Annual administration report of the Civil Veterinary Department of India - 1899-1900
Year: 1899
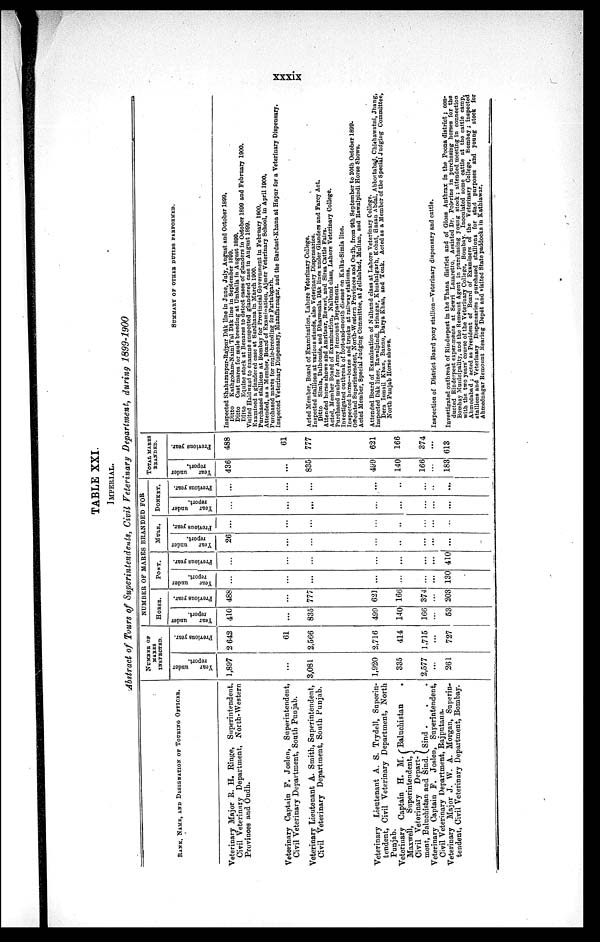
xxxix
TABLE XXI.
IMPERIAL.
Abstract of Tours of Superintendents, Civil Veterinary Department, during 1899-1900
RANK, NAME, AND DESIGNATION OF TOURING OFFICER.
Veterinary Major R. H. Ringe, Superintendent,
Civil Veterinary Department, North-Western
Provinces and Oudh.
Veterinary Captain F. Joslen, Superintendent,
Civil Veterinary Department, South Punjab.
Veterinary Lieutenant A. Smith, Superintendent,
Civil Veterinary Department, South Punjab.
Veterinary Lieutenant A. S. Trydell, Superin-
tendent, Civil Veterinary Department, North
Punjab.
Veterinary Captain H. M.
Maxwell,
Superintendent,
Civil Veterinary Depart-
ment, Baluchistan and Sind.
Baluchistan .
Sind . . .
Veterinary Captain F. Joslen, Superintendent,
Civil Veterinary Department, Rajputana.
Veterinary Major J. W. A. Morgan, Superin-
tendent, Civil Veterinary Department, Bombay.
NUMBER OF
MARES
INSPECTED.
Year
under
report.
1,897
...
3,081
1,920
335
2,577
...
261
Previous year.
2 642
61
2,566
2,716
414
1,715
...
727
NUMBER OF MARES BRANDED FOR
HORSE.
Year
under
report.
410
...
835
499
140
166
...
53
Previous year.
488
...
777
621
166
374
...
203
PONY.
Year
under
report.
...
...
...
...
...
...
...
130
Previous year.
...
...
...
...
...
...
...
410
MULE.
Year
under
report.
26
...
...
...
..
...
...
...
Previous year.
...
...
...
...
..
...
...
...
DONKEY.
Year
under
report.
...
...
...
...
...
...
...
...
Previous year.
...
...
...
...
...
...
...
...
TOTAL MARES
BRANDED.
Year
under
report.
436
...
835
499
140
166
...
183
Previous year.
488
61
777
621
166
374
...
613
SUMMARY OF OTHER DUTIES PERFORMED.
Inspected Shaharanpur-Rajpur Dâk line in June, July, August and October 1899.
Ditto Kathgodam-Naini Tal Dâk line in September 1899.
Ditto Cast mares for mule breeding at Umballa in August 1899.
Ditto Equine stock at Benares to detect cases of glanders in October 1899 and February 1900.
Visited Haldwani to examine suspected glandered case in August 1899.
Examined a glandered case at Sardhana in March 1900.
Purchased stallions at Bombay for Provincial Government in February 1900.
Attended, as a Member, Board of Examination, Ajmer Veterinary School, in April 1900,
Purchased mares for mule-breeding for Partabgarh.
Inspected Veterinary Dispensary, Mazaffarnagar, and the Bardast-Khana at Hapur for a Veterinary Dispensary.
Acted Member, Board of Examination, Lahore Veterinary College.
Inspected stallions at various stands, also Veterinary Dispensaries.
Ditto Simla, Dalhousie, and Dharmsala Dâk lines under Glanders and Farcy Act.
Attended horse shows and Amritsar, Rewari, and Sirsa Cattle Fairs.
Acted, Member Board of Examination, Nalbund class, Lahore Veterinary College.
Purchased mules for Army Remount Department.
Investigated outbreak of foot-and-mouth disease on Kalka-Simla line.
Inspected horse—boxes and trucks at railway stations.
Officiated Superintendent, North-Western Provinces and Oudh, from 9th September to 20th October 1899-
Acted Member, Special Judging Committee, at Jellalabad, Multan, and Rawalpindi Horse Shows.
Attended Board of Examination of Nalbund class at Lahore Veterinary College.
Inspected Dâk lines, Rawalpindi, Srinagar, Khushalgarh, Kohat, Hasan Abdal, Abbottabad, Chichawatni, Jhang,
Dera Ismail Khan, Bannu, Darya Khan, and Tonk, Acted as a Member of the Special Judging Committee,
North Punjab Horse shows.
Inspection of District Board pony stallion—Veterinary dispensary and cattle.
Investigated outbreak of Rinderpest in the Thana district and of Gloss Anthrax in the Poona district ; con-
ducted Rinderpest experiments at Sewri Lazaretto. Assisted Dr. Polerine in purchasing horses for the
Bombay Municipality, and the Remount Agent in purchasing young stock ; attended meeting in connection
with the two years' course of the Veterinary College, Bombay. Inoculated some cattle at the cattle camp,
Ahmedabad ; acted as President of Board of Examiners of the Veterinary College, Bombay; inspected
stallions and Veterinary Dispensaries; purchased stallions for stud purposes and young stock for
Ahmednagar Remount Rearing Depôt and visited State paddocks in Kathiawar.